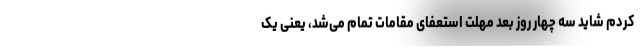
کردم شاید سه چهار روز بعد مهلت استعفای مقامات تمام می‌شد، یعنی یک